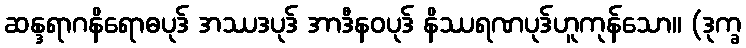
ဆန္ဒရာဂနိရောဓပုဒ် အဿဒပုဒ် အာဒီနဝပုဒ် နိဿရဏပုဒ်ဟူကုန်သော။ (ဒုက္ခ